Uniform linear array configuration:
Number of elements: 8
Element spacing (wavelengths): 0.5
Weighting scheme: uniform
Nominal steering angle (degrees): -60
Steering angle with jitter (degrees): -61.228
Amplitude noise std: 0.05
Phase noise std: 0.05

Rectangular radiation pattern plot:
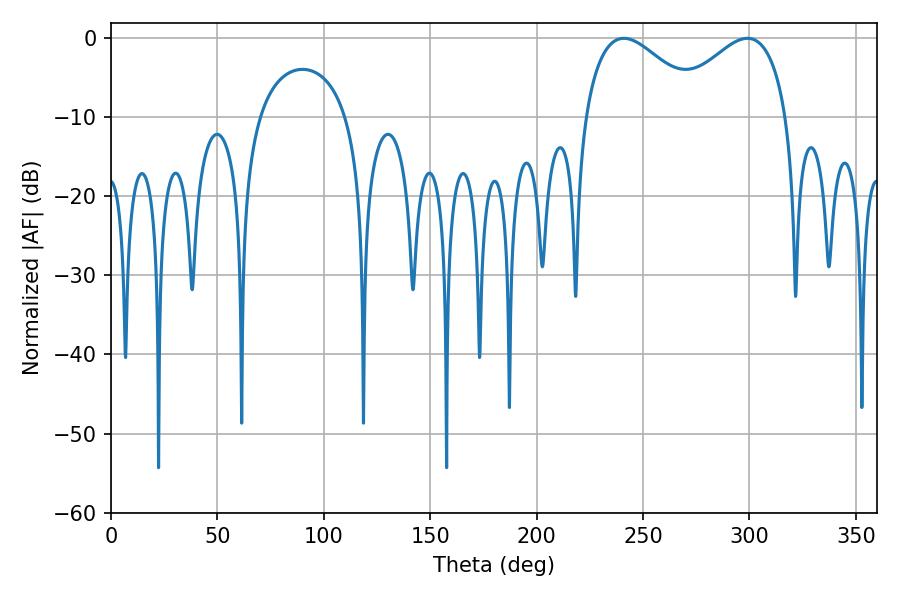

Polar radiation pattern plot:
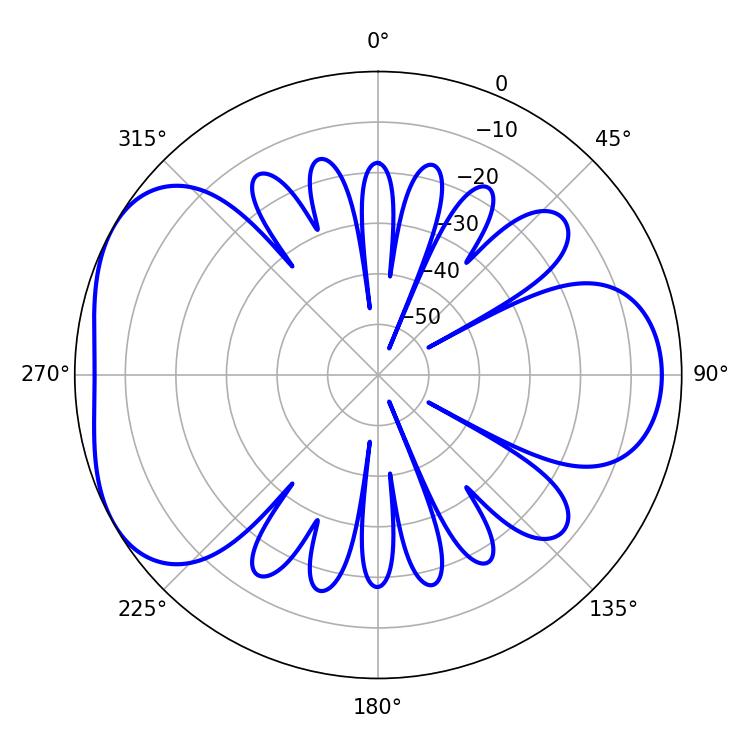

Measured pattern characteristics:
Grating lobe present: FALSE
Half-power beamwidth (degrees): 30.6
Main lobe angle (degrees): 241.02